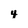
Character: 4